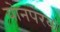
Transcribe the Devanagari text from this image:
योनपरक